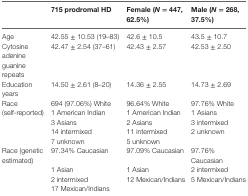
|  | 715 prodromal HD | Female (N = 447, 62.5%) | Male (N = 268, 37.5%) |
 | --- | --- | --- | --- |
 | Age | 42.55 ± 10.53 (19–83) | 42.6 ± 10.5 | 43.5 ± 10.7 |
 | Cytosine adenine guanine repeats | 42.47 ± 2.54 (37–61) | 42.43 ± 2.57 | 42.53 ± 2.50 |
 | Education years | 14.50 ± 2.61 (8–20) | 14.36 ± 2.55 | 14.73 ± 2.69 |
 | <ROWSPAN=5> Race (self-reported) | 694 (97.06%) White | 96.64% White | 97.76% White |
 | 1 American Indian | 1 American Indian | 1 Asians |
 | 3 Asians | 2 Asians | 3 intermixed |
 | 14 intermixed | 11 intermixed | <ROWSPAN=2> 2 unknown |
 | 7 unknown | 5 unknown |
 | <ROWSPAN=4> Race (genetic estimated) | 97.34% Caucasian | 97.09% Caucasian | 97.76% Caucasian |
 | 1 Asian | 1 Asian | 2 intermixed |
 | 2 intermixed | <ROWSPAN=2> 12 Mexican/Indians | <ROWSPAN=2> 5 Mexican/Indians |
 | 17 Mexican/Indians |